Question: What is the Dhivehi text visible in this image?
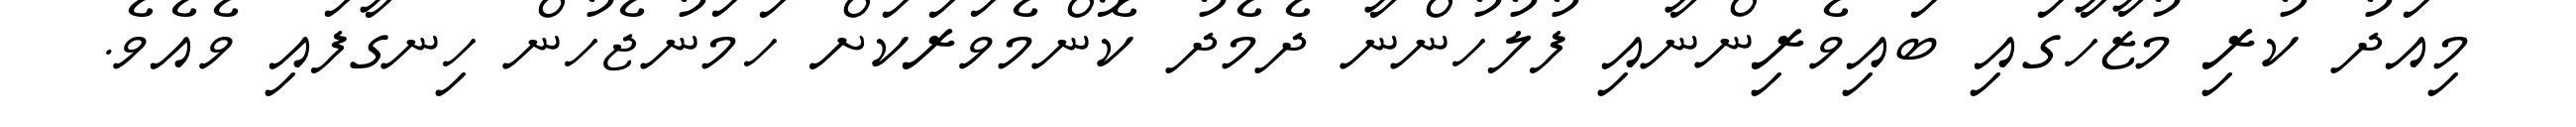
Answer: މިއަދު ކުރި މުޒާހާގައި ބައިވެރިންނާއި ފުލުހުންނާ ދެމެދު ކޮންމެވަރަކަށް ހަމަނުޖެހުން ހިނގާފައި ވެއެވެ.